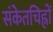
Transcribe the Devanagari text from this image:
संकेतचिह्नों